Report on vaccination in Madras 1904-1921 - 1904-1921
Year: 1904
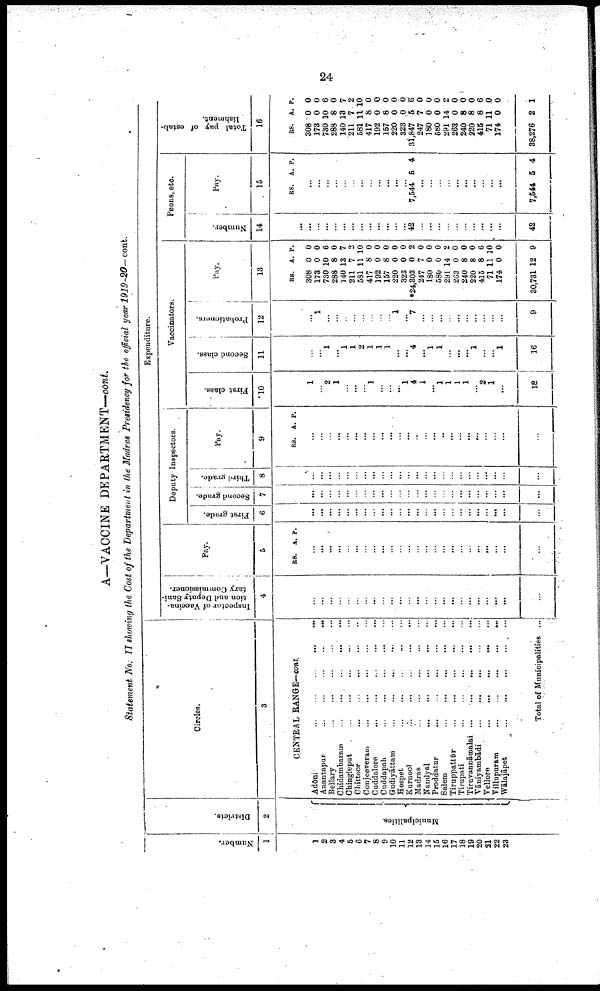
24
A—VACCINE DEPARTMENT—cont.
Statement No. II showing the Cost of the Department in the Madras Presidency for the official year 1919-20—cont.
Number.
1
1
2
3
4
5
6 7
8
9
10
11
12
13
14
15
16
17
18
19
20
21
22
23
Districts.
2
Municipalities.
Circles.
3
CENTRAL RANGE—cont.
Adōni
...
...
...
...
...
Anantapur
...
...
...
...
...
Bellary
...
...
...
...
...
Chidambaram
...
...
...
...
...
Chingleput
...
...
...
...
...
Chittoor
...
...
...
...
...
Conjeeveram
...
...
...
...
...
Cuddalore
...
...
...
...
...
Cuddapah
...
...
...
...
...
Gudiyāttam
...
...
...
...
...
Hospet ... ... ... ... ...
Kurnool
...
...
...
...
...
Madras
...
...
...
...
...
Nandyal
...
...
...
...
...
Proddatur
...
...
...
...
...
Salem
...
...
...
...
...
Tiruppattūr
...
...
...
...
...
Tirupati
...
...
...
...
...
Tiruvannāmalai
...
...
...
...
...
Vāniyambādi
...
...
...
...
...
Vellore
...
...
...
...
...
Villupuram
...
...
...
...
Wālajāpet
...
...
...
...
...
Total of Municipalities ...
Expenditure.
Inspector of Vaccina
tion and Deputy Sani
tary Commissioner.
4
...
...
...
...
...
...
...
...
...
...
...
...
...
...
...
...
...
...
...
...
...
...
...
...
Pay.
5
RS. A. P.
...
...
...
...
...
...
...
...
...
...
...
...
...
...
...
...
...
...
...
...
...
...
...
...
Deputy Inspectors.
First grade.
6
...
...
...
...
...
...
...
...
...
...
...
...
...
...
...
...
...
...
...
...
...
...
...
...
Second grade.
7
...
...
...
...
...
...
...
...
...
...
...
...
...
...
...
...
...
...
...
...
...
...
...
...
Third grade.
8
...
...
...
...
...
...
...
...
...
...
...
...
...
...
...
...
...
...
...
...
...
...
...
...
Pay.
9
RS.
A. P.
...
...
...
...
...
...
...
...
...
...
...
...
...
...
...
...
...
...
...
...
...
...
...
...
Vaccinators.
First class.
10
1
...
2
1
...
...
...
1
...
...
...
1
4
1
...
1
1
1
1
...
2
1
...
18
Second class.
11
...
...
1
...
1
1
2
1
1
1
...
...
4
...
1
1
...
...
...
1
...
...
1
16
Probationers.
12
...
1
...
...
...
...
...
...
...
...
1
...
7
...
...
...
...
...
...
...
...
...
...
9
Pay.
13
RS.
308
173
730
288
140
211
581
417
192
157
220
323
*24,303
247
180
580
291
263
240
220
415
71
174
30,731
A.
0
0
10
8
13
7
11
8
0
8
0
0
0
7
0
0
14
0
8
8
8
11
0
12
P.
0
0
6
0
7
...
10
0
0
0
0
0
2
0
0
0
2
0
0
0
6
10
0
9
Peons, etc.
Number.
14
...
...
...
...
...
...
...
...
...
...
...
...
42
...
...
...
...
...
...
...
...
...
...
42
Pay.
15
RS. A. P.
...
...
...
...
...
...
...
...
...
...
...
...
7,544 5 4
...
...
...
...
...
...
...
...
...
...
7,544 5 4
Total pay of estab
lishment.
16
RS.
308
173
730
288
140
211
581
417
192
157
220
323
31,847
247
180
580
291
263
240
220
415
71
174
38,276
A.
0
0
10
8
13
7
11
8
0
8
0
0
5
7
0
0
14
0
8
8
8
11
0
2
P.
0
0
6
0
7
2
10
0
0
0
0
0
6
0
0
0
2
0
0
0
6
0
0
1